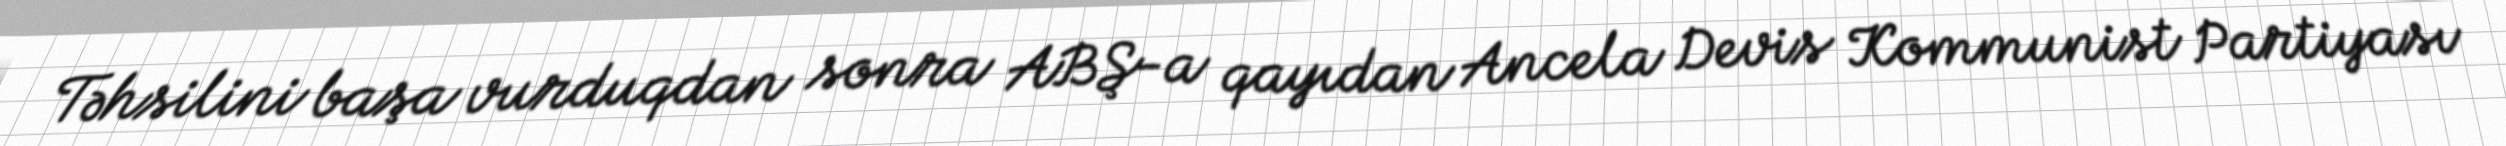
Təhsilini başa vurduqdan sonra ABŞ-a qayıdan Ancela Devis Kommunist Partiyası